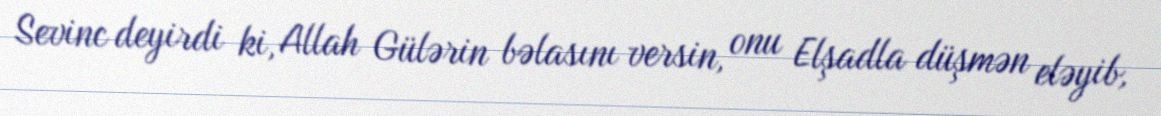
Sevinc deyirdi ki, Allah Gülərin bəlasını versin, onu Elşadla düşmən eləyib,